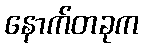
နောက်တခုက